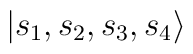
|{s_1 , s_2 , s_3 , s_4}\rangle